Insane asylums in Bengal annual reports 1867-1875 - 1867-1875
Year: 1867
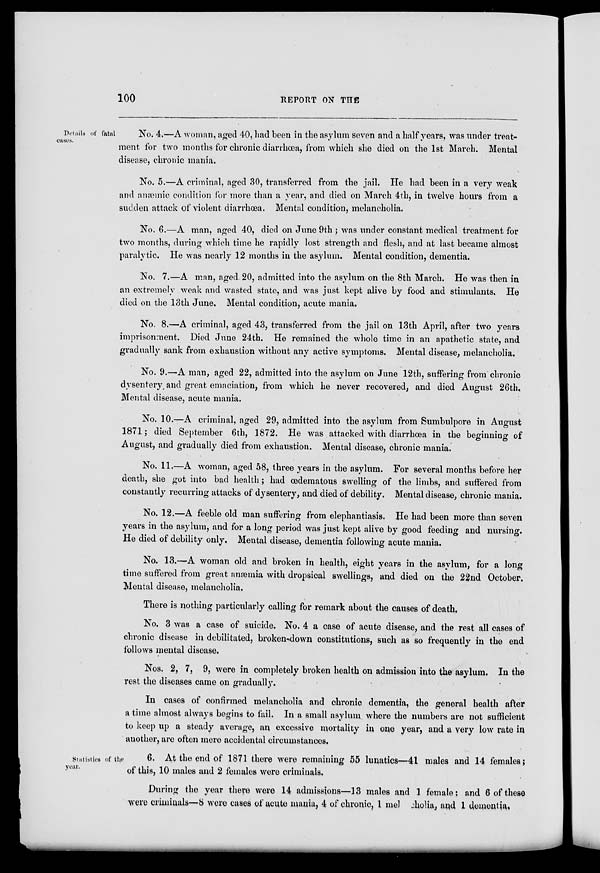
100
REPORT ON THE
Details of fatal
cases.
No. 4.—A woman, aged 40, had been in the asylum seven and a half years, was under treat-
ment for two months for chronic diarrhœa, from which she died on the 1st March. Mental
disease, chronic mania.
No. 5.—A criminal, aged 30, transferred from the jail. He had been in a very weak
and anæmic condition for more than a year, and died on March 4th, in twelve hours from a
sudden attack of violent diarrhœa. Mental condition, melancholia.
No. 6.—A man, aged 40, died on June 9th ; was under constant medical treatment for
two months, during which time he rapidly lost strength and flesh, and at last became almost
paralytic. He was nearly 12 months in the asylum. Mental condition, dementia.
No. 7.—A man, aged 20, admitted into the asylum on the 8th March. He was then in
an extremely weak and wasted state, and was just kept alive by food and stimulants. He
died on the 13th June. Mental condition, acute mania.
No. 8.—A criminal, aged 43, transferred from the jail on 13th April, after two years
imprisonment. Died June 24th. He remained the whole time in an apathetic state, and
gradually sank from exhaustion without any active symptoms. Mental disease, melancholia.
No. 9.—A man, aged 22, admitted into the asylum on June 12th, suffering from chronic
dysentery and great emaciation, from which he never recovered, and died August 26th.
Mental disease, acute mania.
No. 10.—A criminal, aged 29, admitted into the asylum from Sumbulpore in August
1871; died September 6th, 1872. He was attacked with diarrhœa in the beginning of
August, and gradually died from exhaustion. Mental disease, chronic mania.
No. 11.—A woman, aged 58, three years in the asylum. For several months before her
death, she got into bad health; had œdematous swelling of the limbs, and suffered from
constantly recurring attacks of dysentery, and died of debility. Mental disease, chronic mania.
No. 12.—A feeble old man suffering from elephantiasis. He had been more than seven
years in the asylum, and for a long period was just kept alive by good feeding and nursing.
He died of debility only. Mental disease, dementia following acute mania.
No. 13.—A woman old and broken in health, eight years in the asylum, for a long
time suffered from great anæmia with dropsical swellings, and died on the 22nd October.
Mental disease, melancholia.
There is nothing particularly calling for remark about the causes of death.
No. 3 was a case of suicide. No. 4 a case of acute disease, and the rest all cases of
chronic disease in debilitated, broken-down constitutions, such as so frequently in the end
follows mental disease.
Nos. 2, 7, 9, were in completely broken health on admission into the asylum. In the
rest the diseases came on gradually.
In cases of confirmed melancholia and chronic dementia, the general health after
a time almost always begins to fail. In a small asylum where the numbers are not sufficient
to keep up a steady average, an excessive mortality in one year, and a very low rate in
another, are often mere accidental circumstances.
Statistics of the
year.
6. At the end of 1871 there were remaining 55 lunatics—41 males and 14 females;
of this, 10 males and 2 females were criminals.
During the year there were 14 admissions—13 males and 1 female; and 6 of these
were criminals—8 were cases of acute mania, 4 of chronic, 1 melancholia, and 1 dementia.